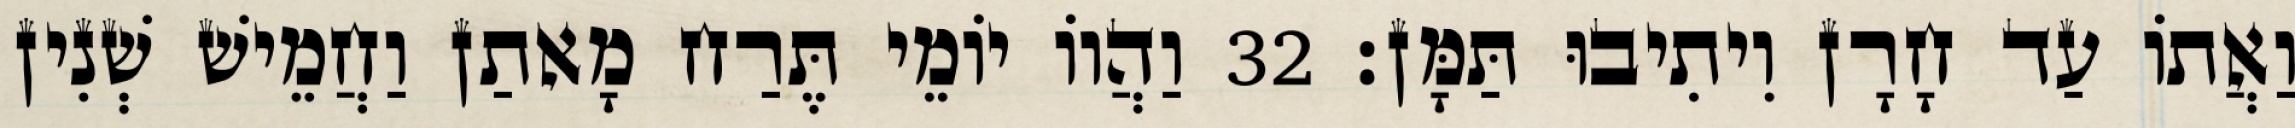
וַאֲתוֹ עַד חָרָן וִיתִיבוּ תַּמָּן׃ 32 וַהֲווֹ יוֹמֵי תֶּרַח מָאתַן וַחֲמֵישׁ שְׁנִין